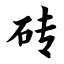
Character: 砖